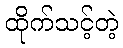
ထိုက်သင့်တဲ့